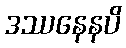
ဒဿနေနပိ